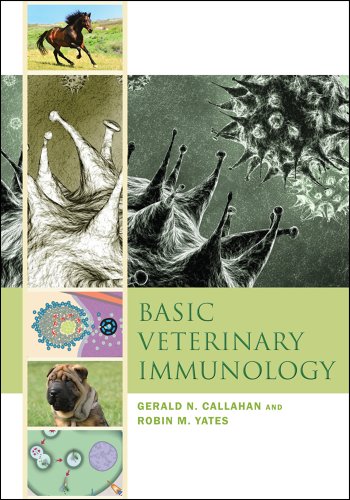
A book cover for Basic Veterinary Immunology; Gerald N. Callahan; Medical Books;